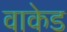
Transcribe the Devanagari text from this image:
वाकेड